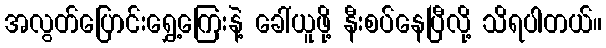
အလွတ်ပြောင်းရွှေ့ကြေးနဲ့ ခေါ်ယူဖို့ နီးစပ်နေပြီလို့ သိရပါတယ်။